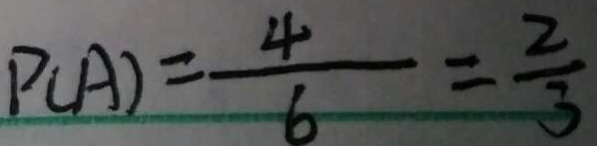
P ( A ) = \frac { 4 } { 6 } = \frac { 2 } { 3 }